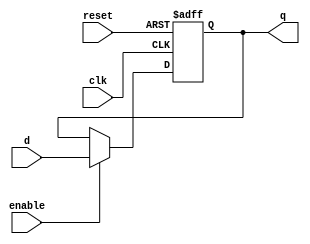
`timescale 1ns / 1ps
//////////////////////////////////////////////////////////////////////////////////
// Company: 
// Engineer: 
// 
// Design Name: 
// Module Name:    registro 
// Project Name: 
// Target Devices: 
// Tool versions: 
// Description: 
//
// Dependencies: 
//
// Revision: 
// Revision 0.01 - File Created
// Additional Comments: 
//
//////////////////////////////////////////////////////////////////////////////////

module registro_transmisor (
	input wire clk,
	input wire reset,
	input wire enable,
	input wire [31:0]d,
	output reg [31:0]q
);
always@(posedge clk or posedge reset ) begin
	if (reset) begin 
		q<=32'd0;
	end else begin 
		if(enable) begin 
			q<=d;
		end 		
	end
end
endmodule